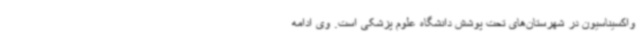
واکسیناسیون در شهرستان‌های تحت پوشش دانشگاه علوم پزشکی است. وی ادامه